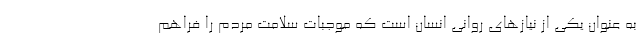
به عنوان یکی از نیازهای روانی انسان است که موجبات سلامت مردم را فراهم